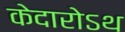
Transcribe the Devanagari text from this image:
केदारोऽथ